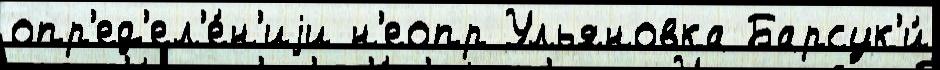
опр'ед'ел'е́н'иjи н'еопр Ульяновка Барсук'и́